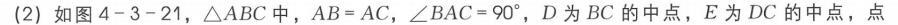
4. 已知\(\odot O\)的直径\(DE\)与内接正三角形\(ABC\)的边\(AB\)、\(AC\)相交，过\(A\)、\(B\)、\(C\)分别作\(DE\)的垂线\(AP\)、\(BQ\)、\(CR\)（\(P\)、\(Q\)、\(R\)为垂足），求证：\(AP = BQ + CR\)。（图1—11）
5. 如图1—12，\(\odot O\)半径为\(R\)，\(\triangle ABC\)内接于\(\odot O\)，\(AB = BC\)，\(E\)为\(AB\)的中点，\(BD\perp AC\)，垂足为\(D\)，过\(B\)、\(E\)、\(C\)作